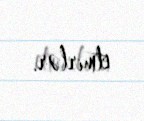
etmirlər.